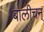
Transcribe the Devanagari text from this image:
बालीचन्